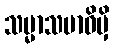
သမ္မာသမာဓိမှိ